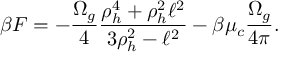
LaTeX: \beta F = - { \frac { \Omega _ { g } } { 4 } } { \frac { \rho _ { h } ^ { 4 } + \rho _ { h } ^ { 2 } \ell ^ { 2 } } { 3 \rho _ { h } ^ { 2 } - \ell ^ { 2 } } } - \beta \mu _ { c } { \frac { \Omega _ { g } } { 4 \pi } } .